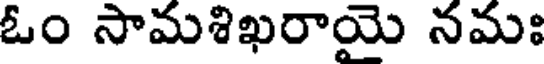
ఓం సామశిఖరాయై నమః